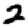
Digit: 2